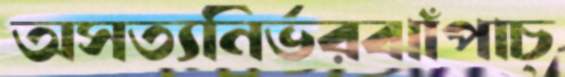
অসত্যনির্ভরঝাঁপাচ্